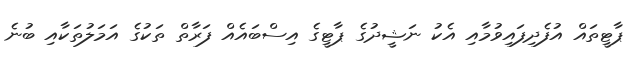
ޕާޓީތައް އުފެދިފައިވުމާއި އެކު ނަޝީދުގެ ޕާޓީގެ އިސްބައެއް ފަރާތް ތަކުގެ އަމަލުތަކާއި ބުނެ